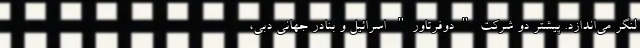
لنگر می‌اندازد. پیشتر دو شرکت "دوفرتاور" اسرائیل و بنادر جهانی دبی،